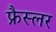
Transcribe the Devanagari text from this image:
फ्रैस्लर